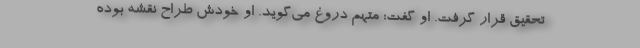
تحقیق قرار گرفت. او گفت: متهم دروغ می‌گوید. او خودش طراح نقشه بوده